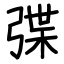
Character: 弽